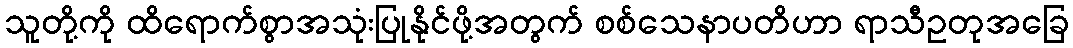
သူတို့ကို ထိရောက်စွာအသုံးပြုနိုင်ဖို့အတွက် စစ်သေနာပတိဟာ ရာသီဥတုအခြေ